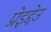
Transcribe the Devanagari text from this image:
प्रेइद्देउ